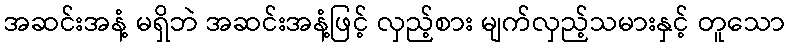
အဆင်းအနံ့ မရှိဘဲ အဆင်းအနံ့ဖြင့် လှည့်စား မျက်လှည့်သမားနှင့် တူသော